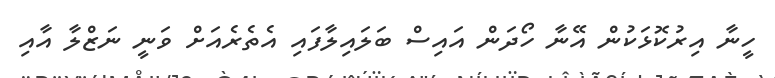
ހީނާ އިރުކޮޅަކުން އޭނާ ހޯދަން އައިސް ބަލައިލާފައި އެތެރެއަށް ވަނީ ނަޒްލާ އާއި